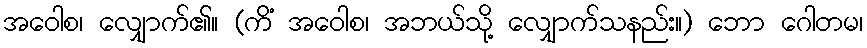
အဝေါစ၊ လျှောက်၏။ (ကိံ အဝေါစ၊ အဘယ်သို့ လျှောက်သနည်း။) ဘော ဂေါတမ၊